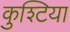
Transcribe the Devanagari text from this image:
कुश्टिया